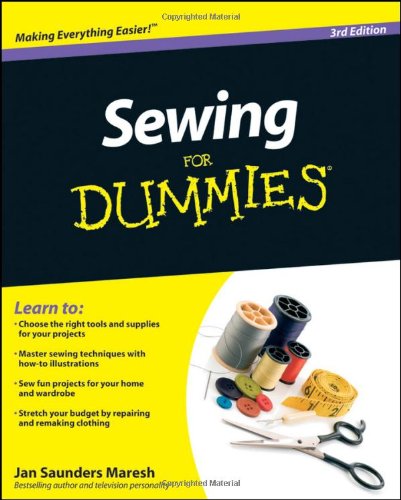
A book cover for Sewing For Dummies; Jan Saunders Maresh; Crafts, Hobbies & Home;